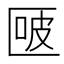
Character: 𰅬